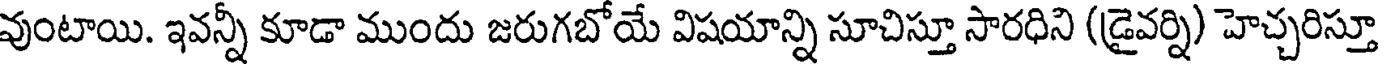
వుంటాయి. ఇవన్నీ కూడా ముందు జరుగబోయే విషయాన్ని సూచిస్తూ సారధిని (డ్రైవర్ని) హెచ్చరిస్తూ